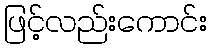
ဖြင့်လည်းကောင်း